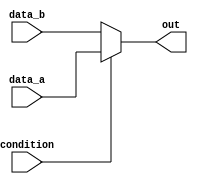
module conditional_assignment (
    input wire condition,      // Condition signal
    input wire [7:0] data_a,  // First data input
    input wire [7:0] data_b,  // Second data input
    output wire [7:0] out     // Output wire
);

// Continuous assignment using the ternary operator
assign out = (condition) ? data_a : data_b;

endmodule